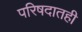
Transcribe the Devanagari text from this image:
परिषदातही